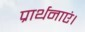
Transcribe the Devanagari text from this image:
प्रार्थनाएं।